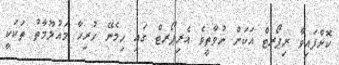
ކޮށްފައިވާ ރިޕޯރޓް އަކަށް ނުވާތީވެ އެރިޕޯރޓް ގައި ހިމެނޭ ހުރިހާ މައުލޫމާތު ތަކަކީ